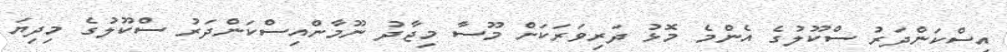
އިސްކަންދަރު ސްކޫލުގެ އެންމެ މޮޅު ދަރިވަރަކަށް މޫސާ މިޖާދު ނޫމާންއިސްކަންދަރު ސްކޫލުގެ މިދިޔަ